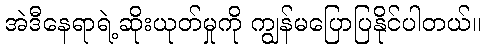
အဲဒီနေရာရဲ့ဆိုးယုတ်မှုကို ကျွန်မပြောပြနိုင်ပါတယ်။